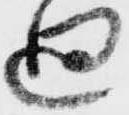
廻